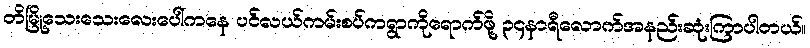
တိမြို့သေးသေးလေးပေါ်ကနေ ပင်လယ်ကမ်းစပ်ကရွာကိုရောက်ဖို့ ၃၄နာရီလောက်အနည်းဆုံးကြာပါတယ်။